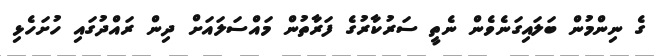
ގެ ނިންމުން ބަލައިގަނެވެން ނެތީ ސަރުކާރުގެ ފަރާތުން މައްސަލައަށް ދިން ރައްދުގައި ހުށަހެޅި